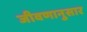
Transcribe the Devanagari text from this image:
जीवणानुसार